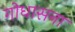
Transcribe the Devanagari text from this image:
गोधासना